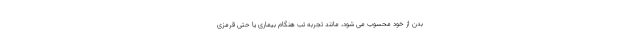
بدن از خود محسوب می شود، مانند تجربه تب هنگام بیماری یا حتی قرمزی